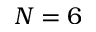
N = 6